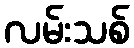
လမ်းသစ်